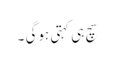
سچ ہی کہتی ہوگی ۔